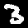
Label: 3